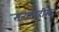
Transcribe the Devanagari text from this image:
सत्याग्रहींसह